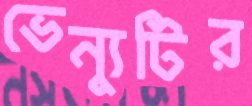
ভেন্যুটির